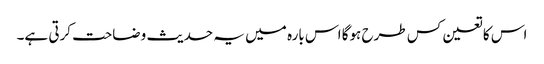
اس کا تعین کس طرح ہوگا اس بارہ میں یہ حدیث وضاحت کرتی ہے۔